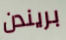
بريندن